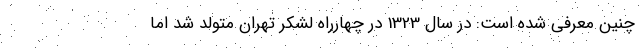
چنین معرفی شده است: در سال 1323 در چهار‌راه لشکر تهران متولد شد اما